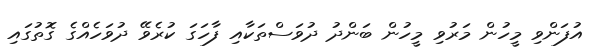
އުފަންވި މީހުން މަރުވި މީހުން ބަންދު ދުވަސްތަކާއި ފާހަގަ ކުރެވޭ ދުވަހެއްގެ ގޮތުގައި